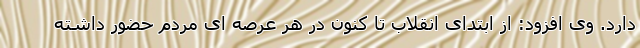
دارد. وی افزود: از ابتدای انقلاب تا کنون در هر عرصه ای مردم حضور داشته